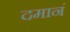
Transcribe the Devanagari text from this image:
दमानं